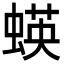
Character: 蝧